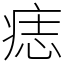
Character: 痣